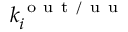
k _ { i } ^ { \mathrm { ~ o ~ u ~ t ~ / ~ u ~ u ~ } }